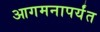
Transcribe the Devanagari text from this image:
आगमनापर्यंत